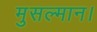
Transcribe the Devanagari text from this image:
मुसल्मान।